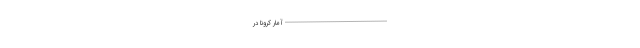
--------------------------------------------------- آمار کرونا در